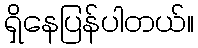
ရှိနေပြန်ပါတယ်။